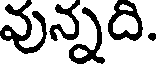
వున్నది.